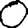
Digit: 0